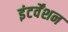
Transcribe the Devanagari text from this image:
इंटर्वेंशन